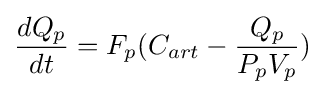
{dQ_{p} \over dt}=F_{p}(C_{art}-{{Q_{p}} \over {P_{p}V_{p}}})